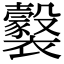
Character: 𧞹